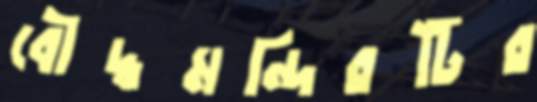
বৌদ্ধমন্দিরটির